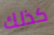
كذلك